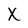
Character: X